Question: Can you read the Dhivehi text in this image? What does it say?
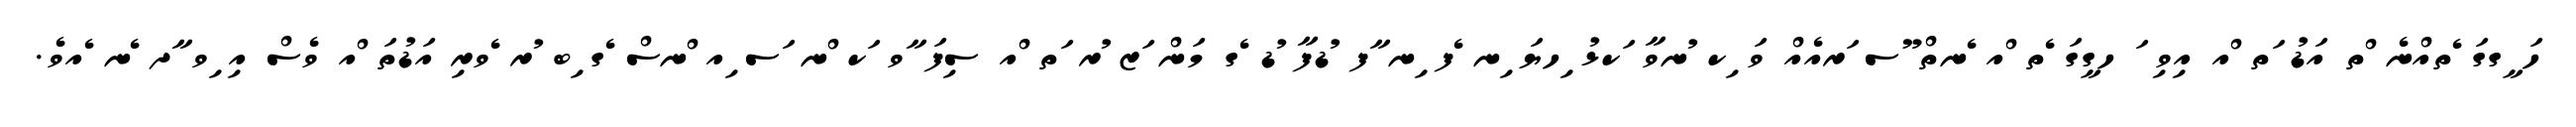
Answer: ހަ ީގގަ ެތއްނެ ްތ އަޑު ަތ ްއ އިވި ަ ހގީގަ ެތ ްއ ެނތް ޫސ ަރއެއް ވަ ިކ ުނވާ ަކޅު ިހޔަ ިނ ެފ ިނ ާފ ުޑފާ ުޑ ެގ މަން ަޒ ުރ ަތ ްއ ސިފަ ާވ ަކ ްނ ަސ ިއ ްނސް ެގ ިބ ުރ ެވރި އަޑުތަ ްއ ވެސް އި ިވ ާދ ެނ ެއވެ.